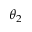
\theta _ { 2 }